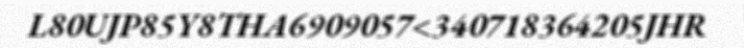
L80UJP85Y8THA6909057<340718364205JHR